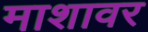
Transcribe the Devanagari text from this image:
माशावर